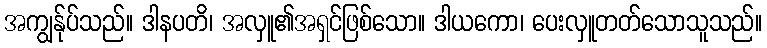
အကျွန်ုပ်သည်။ ဒါနပတိ၊ အလှူ၏အရှင်ဖြစ်သော။ ဒါယကော၊ ပေးလှူတတ်သောသူသည်။